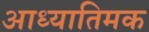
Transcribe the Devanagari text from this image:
आध्यातिमक